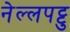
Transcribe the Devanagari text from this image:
नेल्‍लपट्टु